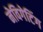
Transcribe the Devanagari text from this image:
नेविगेटिंग